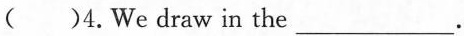
( )4.We draw in the ___.